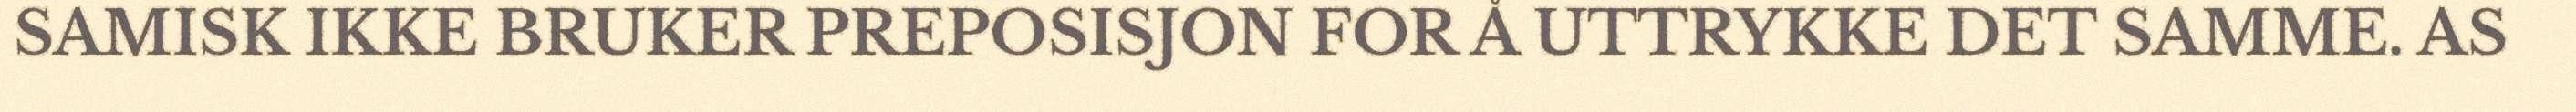
SAMISK IKKE BRUKER PREPOSISJON FOR Å UTTRYKKE DET SAMME. AS